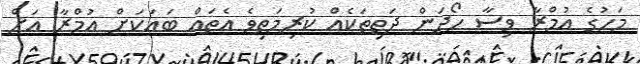
މަހުގެ އުމްރާ ވިސާ ހޯދަން ދަތިތަކެއް ކުރިމަތިވެ އެތައް ބައަކަށް އުމްރާ އަށް